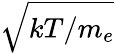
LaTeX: \sqrt{kT/m_{e}}